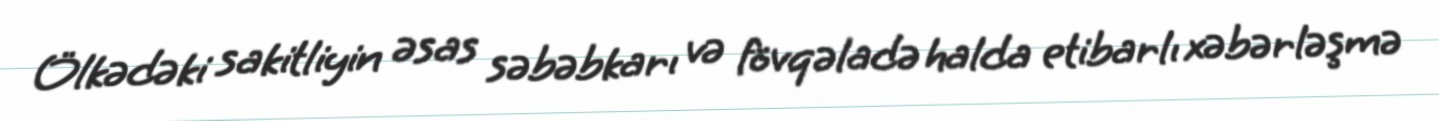
Ölkədəki sakitliyin əsas səbəbkarı və fövqəladə halda etibarlı xəbərləşmə